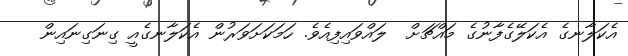
އެކަލާނގެ އެކަލޭގެފާނުގެ މައްޗަށް  ލައްވައިފިއެވެ. ހަމަކަށަވަރުން އެކަލާނގެއީ ގިނަގިނައިން